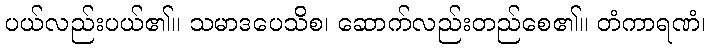
ပယ်လည်းပယ်၏။ သမာဒပေသိစ၊ ဆောက်လည်းတည်စေ၏။ တံကာရဏံ၊